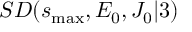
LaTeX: S D ( s _ { \mathrm { m a x } } , E _ { 0 } , J _ { 0 } \vert 3 )